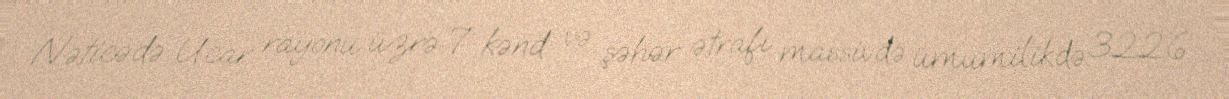
Nəticədə Ucar rayonu üzrə 7 kənd və şəhər ətrafı massivdə ümumilikdə 3226